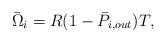
LaTeX: \begin{align*} \bar{\Omega}_i = R(1-\bar{P}_{i,out})T, \end{align*}